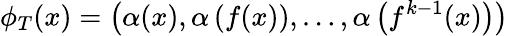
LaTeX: \phi_{T}(x)=\left(\alpha(x),\alpha\left(f(x)\right),\dots,\alpha\left(f^{k-1}(x)\right)\right)